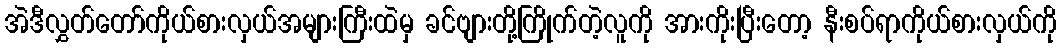
အဲဒီလွှတ်တော်ကိုယ်စားလှယ်အများကြီးထဲမှ ခင်ဗျားတို့ကြိုက်တဲ့လူကို အားကိုးပြီးတော့ နီးစပ်ရာကိုယ်စားလှယ်ကို